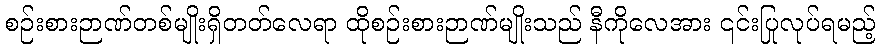
စဉ်းစားဉာဏ်တစ်မျိုးရှိတတ်လေရာ ထိုစဉ်းစားဉာဏ်မျိုးသည် နီကိုလေအား ၎င်းပြုလုပ်ရမည့်